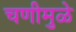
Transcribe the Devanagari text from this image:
चणीमुळे